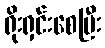
ရိုးရှင်းစေပြီး